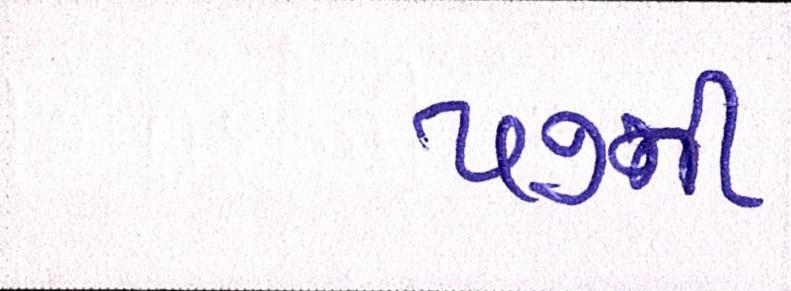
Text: ૫૭ની